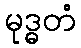
မုဒ္ဓတံ